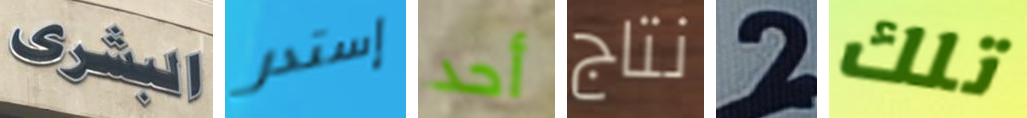
البشرى إستدر أحد نتاج 2 تلك